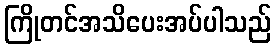
ကြိုတင်အသိပေးအပ်ပါသည်